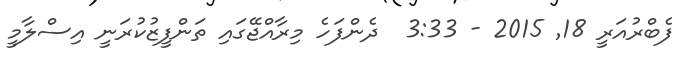
ފެބްރުއަރީ 18